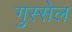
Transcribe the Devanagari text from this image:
गुस्सेल